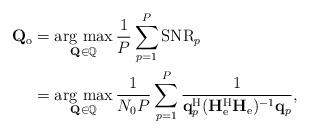
LaTeX: \begin{align*}\mathbf{Q}_\mathrm{o}&=\operatorname*{arg~max}_{\mathbf{Q}\in\mathbb{Q}}\frac{1}{P}\sum_{p=1}^P\mathrm{SNR}_p\\&=\operatorname*{arg~max}_{\mathbf{Q}\in\mathbb{Q}}\frac{1}{N_0P}\sum_{p=1}^P\frac{1}{\mathbf{q}_p^{\mathrm{H}}(\mathbf{H}_{\mathrm{e}}^{\mathrm{H}}\mathbf{H}_{\mathrm{e}})^{-1}\mathbf{q}_p},\end{align*}